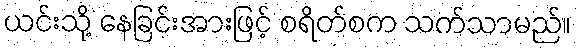
ယင်းသို့ နေခြင်းအားဖြင့် စရိတ်စက သက်သာမည်။